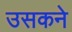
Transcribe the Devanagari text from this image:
उसकने